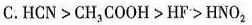
C.HCN>CH_{3}COOH>HF>HNO_{2}